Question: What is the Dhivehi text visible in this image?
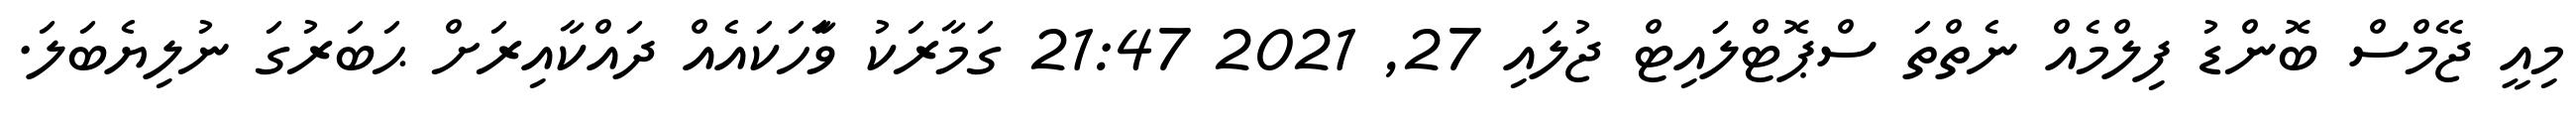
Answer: މިއީ ޖޭމްސް ބޮންޑު ފިލްމެއް ނެތްތަ ސްޕޮޓްލަައިޓް ޖުލައި 27, 2021 21:47 ގަމާރަކު ވާަހަކައެއް ދައްކާއިރަށް ޙަބަރުގަ ނުލިޔެބަލަ.